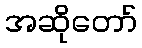
အဆိုတော်